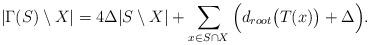
LaTeX: \begin{align*}|\Gamma(S)\setminus X|= 4\Delta|S\setminus X|+ \sum_{x\in S\cap X} \Big(d_{root}\big(T(x)\big) + \Delta\Big).\end{align*}